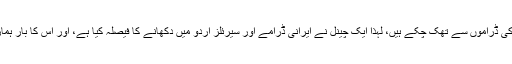
اب چونکہ پاکستانی چینل ترکی ڈراموں سے تھک چکے ہیں، لہٰذا ایک چینل نے ایرانی ڈرامے اور سیرئلز اردو میں دکھانے کا فیصلہ کیا ہے، اور اس کا بار ہمارے ضعیف کاندھوں پر ہے۔